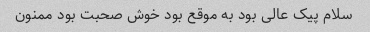
سلام پیک عالی بود به موقع بود خوش صحبت بود ممنون